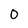
Character: 0